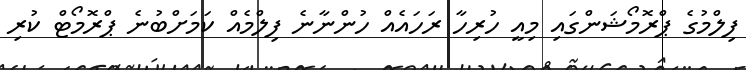
ފިލްމުގެ ޕްރޮމޯޝަންގައި މިއީ ހުރިހާ ރަހައެއް ހުންނާނެ ފިލްމެއް ކަމަށްބުނެ ޕްރޮމޯޓް ކުރި